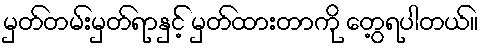
မှတ်တမ်းမှတ်ရာနှင့် မှတ်ထားတာကို တွေ့ရပါတယ်။